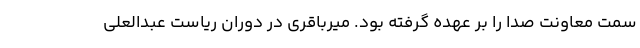
سمت معاونت صدا را بر عهده گرفته بود. میرباقری در دوران ریاست عبدالعلی